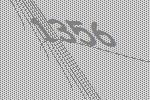
1356